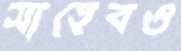
সাহেবও